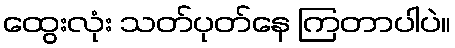
ထွေးလုံး သတ်ပုတ်နေ ကြတာပါပဲ။